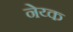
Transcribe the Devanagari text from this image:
नेय्क